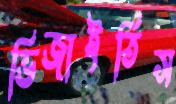
ভিজাইতিস